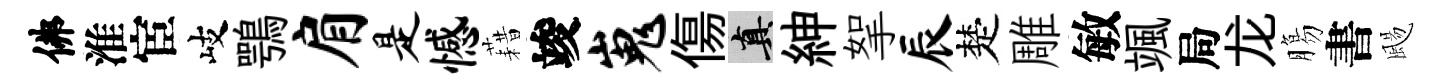
佛淮宦岐鶚肩是憾藉竣嵬傷真紳挐辰楚雕敏颯局龙膓書颺